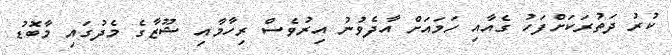
ކުރު ދަތުރަކަށްފަހު ގެއާއި ހަމައަށް އާދެވުނު އިރުވެސް ރިހާމާއި ޝޫޒާގެ މެދުގައި މާބޮޑު